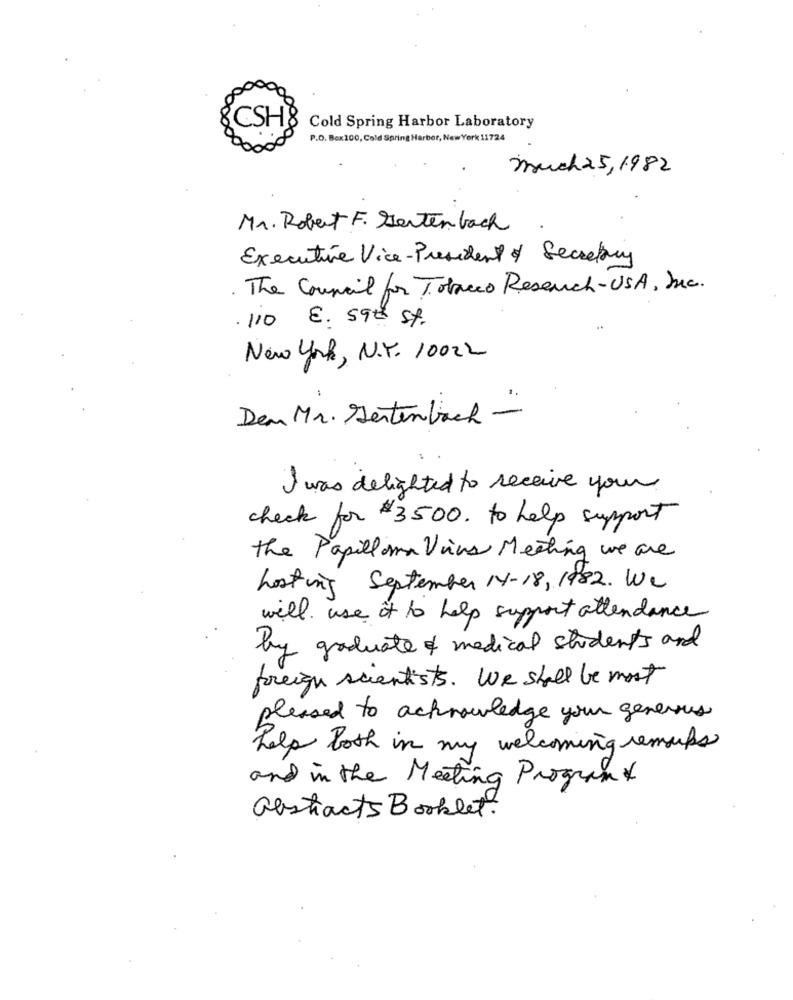
&CSH& Cold Spring Harbor Laboratory
P.O. Box100, Cold Spring Harbor, New York 11724
much 25,1982
Mr. Robert F. Gerten bach
Executive Vice- President of Secretary
The Council for Tobacco Resench-USA, Inc.
. 110 €. 59th St.
New York, N.Y. 10022
-
Dem Mr. Seitenbach -
I was delighted to receive your
check for $3500. to help support
The Papilloma Virus Meeting we are
hosting September 14-18, 1982. We
will use it to help support attendance
by graduate of medical students and
freigh scientists. We shall be most
pleased to acknowledge your generous
help both in my welcoming remups
and in the Meeting Program
abstracts Booklet.